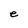
Character: e